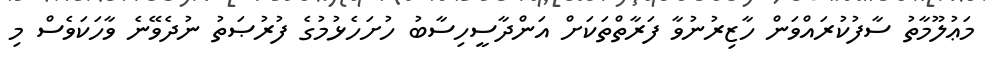
މަޢުލޫމާތު ސާފުކުރައްވަން ހާޒިރުނުވާ ފަރާތްތަކަށް އަންދާސީހިސާބު ހުށަހެޅުމުގެ ފުރުޞަތު ނުދެވޭނެ ވާހަކަވެސް މި